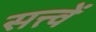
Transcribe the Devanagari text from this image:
सत्त्वें